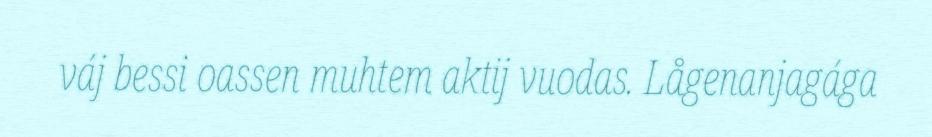
váj bessi oassen muhtem aktij vuodas. Lågenanjagága